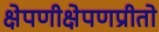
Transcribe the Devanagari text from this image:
क्षेपणीक्षेपणप्रीतो